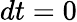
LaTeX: dt=0